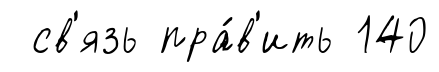
св'язь пра́в'ить 140